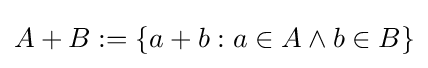
A+B:=\{a+b:a\in A\land b\in B\}